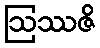
ဩဿဇိ